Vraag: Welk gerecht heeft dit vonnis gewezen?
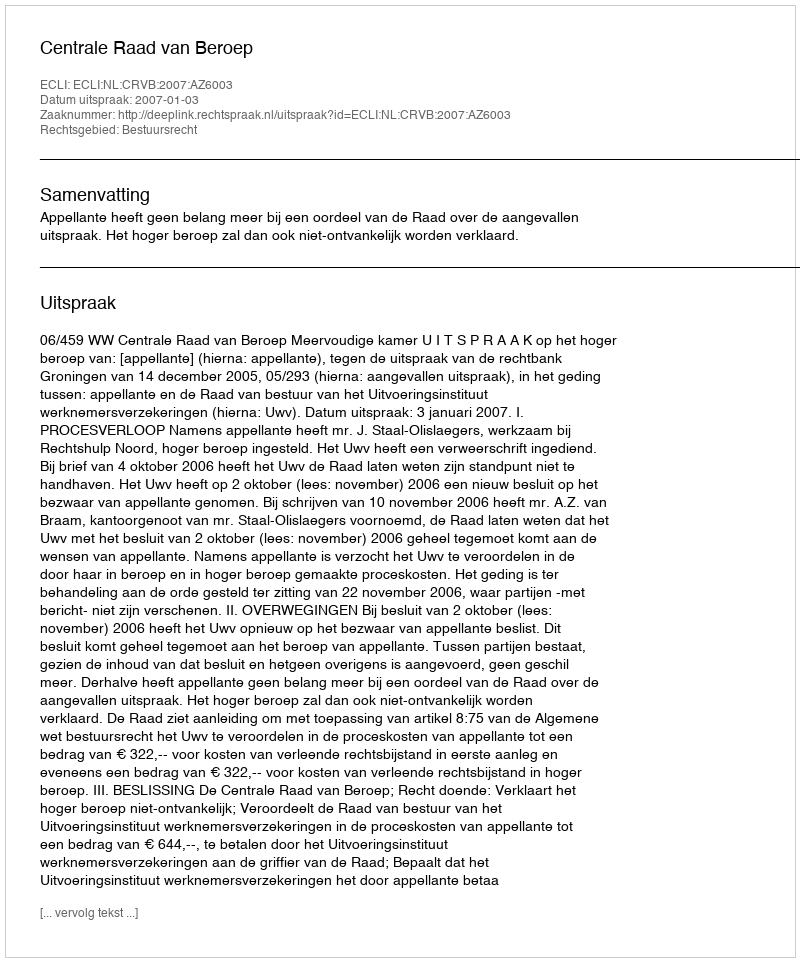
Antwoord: Centrale Raad van Beroep